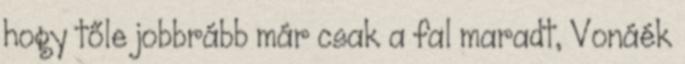
hogy tőle jobbrább már csak a fal maradt, Vonáék